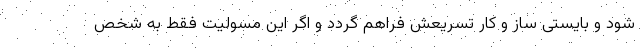
شود و بایستی ساز و کار تسریعش فراهم گردد و اگر این مسولیت فقط به شخص